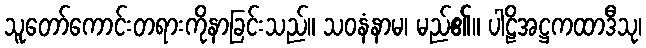
သူတော်ကောင်းတရားကိုနာခြင်းသည်။ သဝနံနာမ၊ မည်၏။ ပါဠိအဋ္ဌကထာဒီသု၊